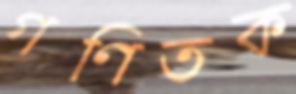
গণিতক